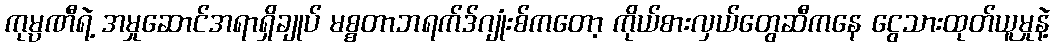
ကုမ္ပဏီရဲ့ အမှုဆောင်အရာရှိချုပ် မစ္စတာဘရက်ဒ်ဂျုံးစ်ကတော့ ကိုယ်စားလှယ်တွေဆီကနေ ငွေသားထုတ်ယူမှုနဲ့